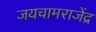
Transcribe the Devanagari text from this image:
जयचामराजेंद्र